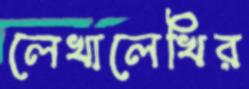
লেখালেখির